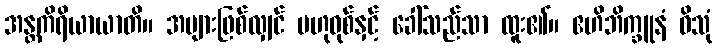
အန္တကိရိယာယာတိ။ အများဖြစ်လျှင် ဗဟုဝုစ်နှင့် ခေါ်သည်သာ ထူး၏။ ဧဟိဘိက္ခူနံ ဝိသုံ